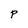
Character: P